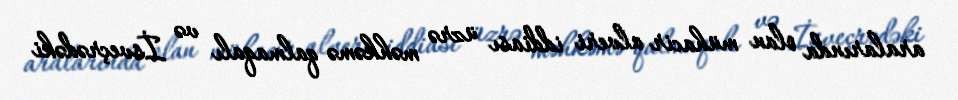
aralarında olan mühacir alveri iddiası üzrə məhkəmə qalmaqalı və İsveçrədəki